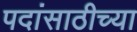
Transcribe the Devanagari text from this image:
पदांसाठीच्या